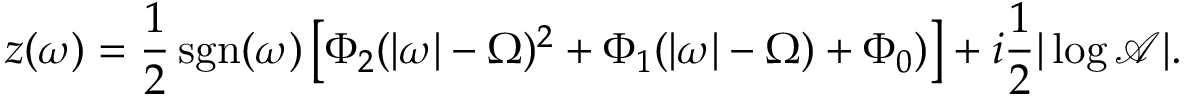
z ( \omega ) = \frac { 1 } { 2 } \operatorname { s g n } ( \omega ) \left[ \Phi _ { 2 } ( | \omega | - \Omega ) ^ { 2 } + \Phi _ { 1 } ( | \omega | - \Omega ) + \Phi _ { 0 } ) \right] + i \frac { 1 } { 2 } | \log \mathcal { A } | .